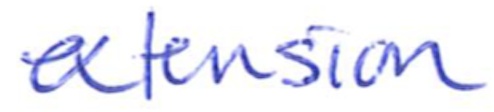
Text: extension
Cross-out: clean
Writing tool: ballpoint